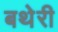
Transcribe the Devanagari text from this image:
बथेरी